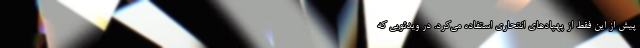
پیش از این فقط از پهپادهای انتحاری استفاده می‌کرد. در ویدئویی که